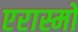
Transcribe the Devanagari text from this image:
एरास्मो